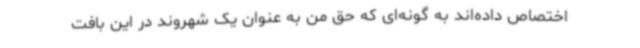
اختصاص داده‌اند به گونه‌ای که حق من به عنوان یک شهروند در این بافت